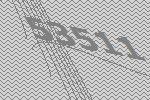
53511